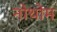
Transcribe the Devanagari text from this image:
नोथोम